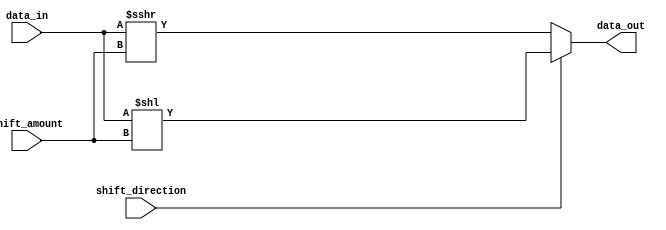
module sparse_barrel_shifter (
    input wire [7:0] data_in,
    input wire [2:0] shift_amount,
    input wire shift_direction,
    output wire [7:0] data_out
);

reg [7:0] shifted_data;

always @(*) begin
    if (shift_direction == 0) begin // Perform right shift
        shifted_data = data_in >>> shift_amount;
    end else begin // Perform left shift
        shifted_data = data_in << shift_amount;
    end
end

assign data_out = shifted_data;

endmodule